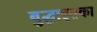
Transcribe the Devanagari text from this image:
बुद्धाइतका